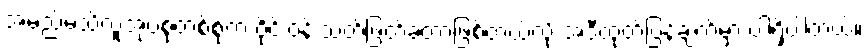
အမည်မသိလူအုပ်စုတစ်စုက ဝိုင်းဝန်းသတ်ဖြတ်ခဲ့တာဖြစ်တယ်လို့ အဲဒီထုတ်ပြန်ချက်မှာ ပါရှိပါတယ်။